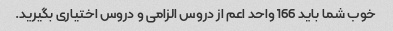
خوب شما باید 166 واحد اعم از دروس الزامی و دروس اختیاری بگیرید.